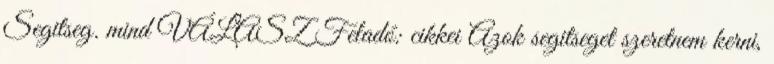
Segitseg. mind VÁLASZ Feladó: cikkei Azok segitseget szeretnem kerni,